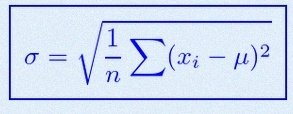
\sigma=\sqrt{\frac1n\sum(x_i-\mu)^2}